Annual vaccination report of Bihar and Orissa - 1911-1928
Year: 1911
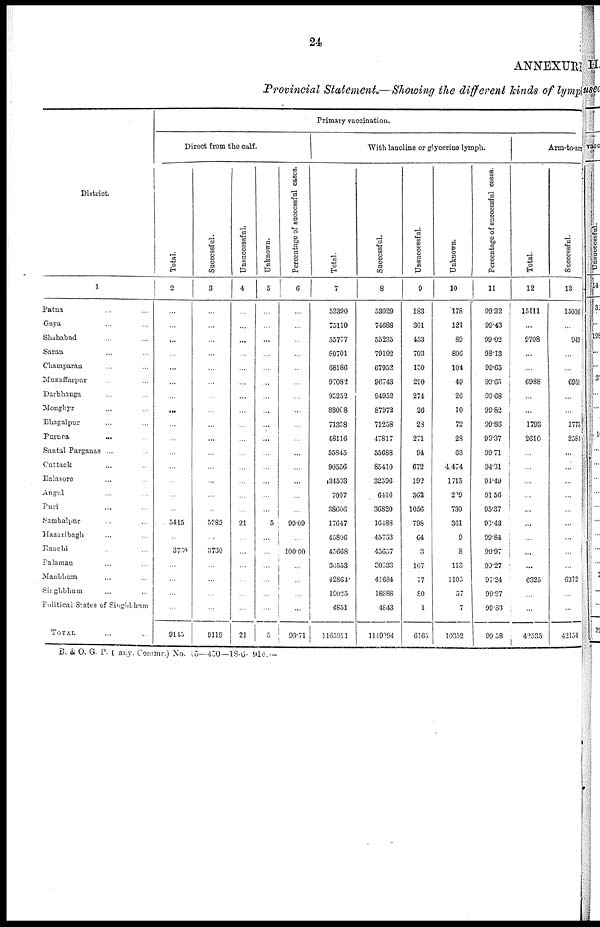
24
ANNEXURE
Provincial Statement.—Showing the different kinds of lymph
District.
1
Patna ... ...
Gaya ... ...
Shababad ... ...
Saran ... ...
Champaran ...
Muzaffarpur ... ...
Darbhanga ... ...
Monghyr ... ...
Bhagalpur ... ...
Purnea
...
...
Santal Parganas ... ...
Cuttack ... ...
Balasore ... ...
Angul ... ...
Puri ... ...
Sambalpur ... ...
Hazaribagh ... ...
Ranchi ... ...
Palamau ... ...
Manbhum ... ...
Singhbhum ... ...
Political States of Singhbum
TOTAL ... ...
Primary vaccination.
Direct from the calf.
Total.
2
...
...
...
...
...
...
...
...
...
...
...
...
...
...
...
5415
...
3730
...
...
...
...
9145
Successful.
3
...
...
...
...
...
...
...
...
...
...
...
...
...
...
...
5889
...
3730
...
...
...
...
9119
Unsuccessful.
4
...
...
...
...
...
...
...
...
...
...
...
...
...
...
...
21
...
...
...
...
...
...
21
Unknown.
5
...
...
...
...
...
...
...
...
...
...
...
...
...
...
...
5
...
...
...
...
...
...
5
Percentage of successful cases.
6
...
...
...
...
...
...
...
...
...
...
...
...
...
...
...
99.09
...
100.00
...
...
...
...
99.71
With lanoline or glycerine lymph.
Total.
7
53390
75110
55777
80701
68186
97082
95252
88008
71358
48116
55845
90556
34503
7007
38606
17647
45806
45668
30553
42864
19025
4851
1165911
Successful.
8
53029
74688
55235
79192
67952
96743
94952
87972
71258
47817
55688
85410
32596
6416
36820
16488
45733
45657
30333
41684
18888
4843
1149094
Unsuccessful.
9
183
301
453
703
100
290
274
26
23
271
94
672
192
362
1056
798
64
3
107
77
80
1
6165
Unknown.
10
178
121
89
806
104
49
26
10
72
28
63
4,474
1715
209
730
361
9
8
113
1103
57
7
10352
Percentage of successful cases.
11
99.32
99.43
99.02
98.13
99.65
99.65
99.68
99.82
99.86
99.37
99.71
94.31
94.49
91.56
95.37
98.43
99.84
99.97
99.27
97.24
99.27
99.83
99.58
Arm-to-arm
Total.
12
15111
...
9708
...
...
6988
...
...
1793
2610
...
...
...
...
...
...
...
...
...
6325
...
...
42535
Successful.
13
15036
...
949
...
...
6951
...
...
1775
2584
...
...
...
...
...
...
...
...
...
6312
...
...
42154
B. &. O. G. P. ( any. Commr.) No. 15—450—18-6- 916.—